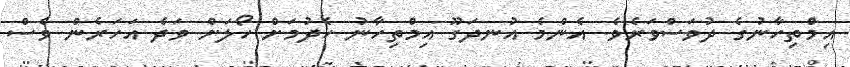
އިމްތިހާނުގެ ދުވަސްވަރެވެ. އެންމެ އުނދަގޫ އިމްތިހާނު ހެދުމަށް ހޯލަށް ވަދެ އަހަރެން ވެސް